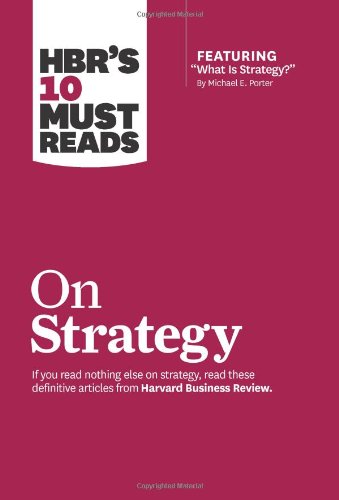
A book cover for HBR's 10 Must Reads on Strategy (including featured article EEWhat Is Strategy?EE by Michael E. Porter); Harvard Business Review; Business & Money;